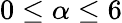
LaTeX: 0\leq\alpha\leq 6